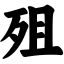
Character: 殂